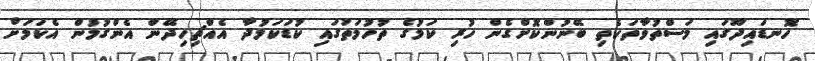
ހޮނޑައިދޫގައި މަސްތުވާތަކެތި ބޭނުންކޮށްގެން ހުރި ކަމުގެ ތުހުމަތުގައި ކުޑަކަމުދާ އެއްޗިހިދޭން އެންގުމުން އެކަމަށް